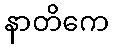
နာတိကေ